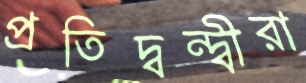
প্রতিদ্বন্দ্বীরা